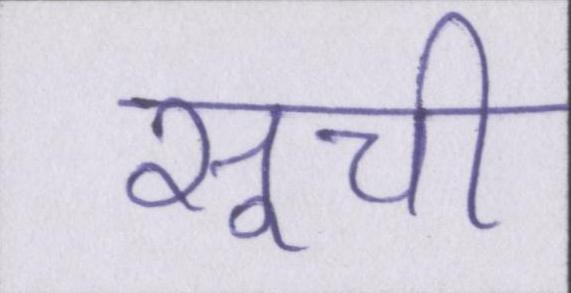
सूची